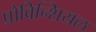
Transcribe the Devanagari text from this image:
प्रोविन्शियल